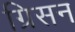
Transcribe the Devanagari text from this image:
ग्रिसन